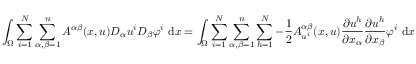
\int _ { \Omega } \sum _ { i = 1 } ^ { N } \sum _ { \alpha , \beta = 1 } ^ { n } A ^ { \alpha \beta } ( x , u ) D _ { \alpha } u ^ { i } D _ { \beta } \varphi ^ { i } \ \mathrm { d } x = \int _ { \Omega } \sum _ { i = 1 } ^ { N } \sum _ { \alpha , \beta = 1 } ^ { n } \sum _ { h = 1 } ^ { N } - \frac { 1 } { 2 } A _ { u ^ { i } } ^ { \alpha \beta } ( x , u ) \frac { \partial u ^ { h } } { \partial x _ { \alpha } } \frac { \partial u ^ { h } } { \partial x _ { \beta } } \varphi ^ { i } \ \mathrm { d } x